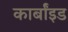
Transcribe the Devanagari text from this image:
कार्बांइड